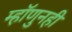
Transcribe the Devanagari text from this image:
म्हॉणुनही